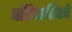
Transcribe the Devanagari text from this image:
परिवारिकों